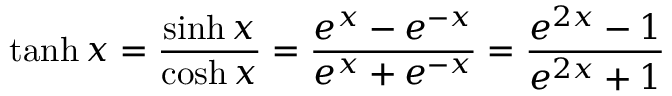
\operatorname { t a n h } x = { \frac { \sinh x } { \cosh x } } = { \frac { e ^ { x } - e ^ { - x } } { e ^ { x } + e ^ { - x } } } = { \frac { e ^ { 2 x } - 1 } { e ^ { 2 x } + 1 } }